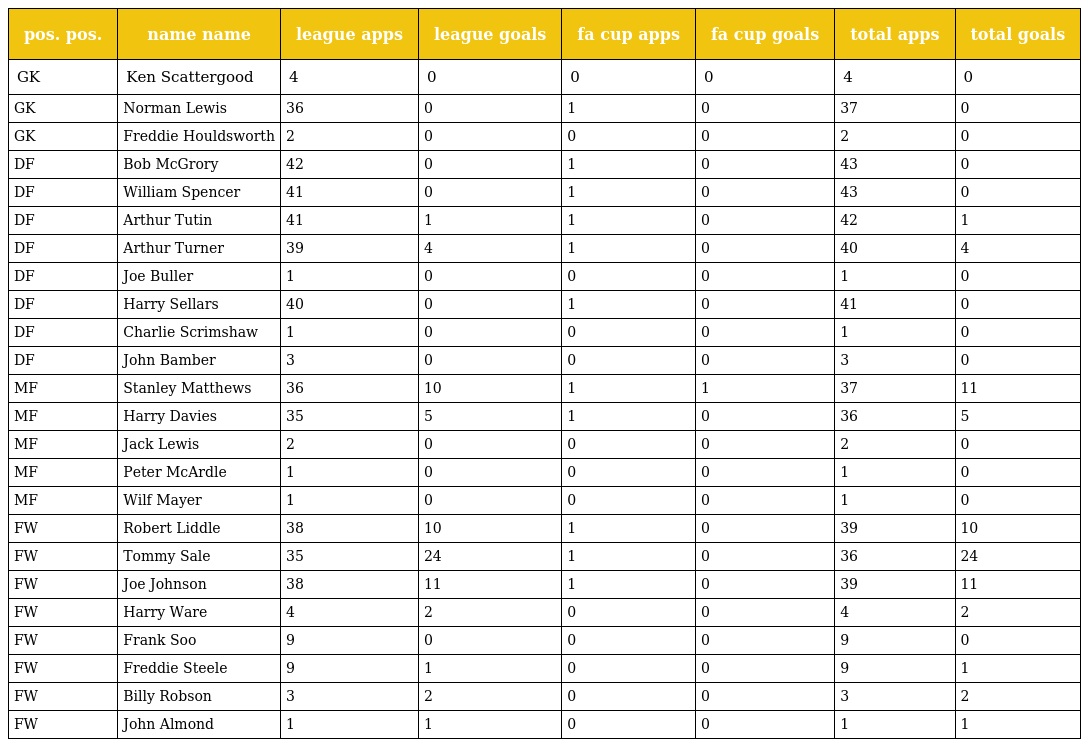
| pos. pos. | name name | league apps | league goals | fa cup apps | fa cup goals | total apps | total goals |
 | --- | --- | --- | --- | --- | --- | --- | --- |
 | GK | Ken Scattergood | 4 | 0 | 0 | 0 | 4 | 0 |
 | GK | Norman Lewis | 36 | 0 | 1 | 0 | 37 | 0 |
 | GK | Freddie Houldsworth | 2 | 0 | 0 | 0 | 2 | 0 |
 | DF | Bob McGrory | 42 | 0 | 1 | 0 | 43 | 0 |
 | DF | William Spencer | 41 | 0 | 1 | 0 | 43 | 0 |
 | DF | Arthur Tutin | 41 | 1 | 1 | 0 | 42 | 1 |
 | DF | Arthur Turner | 39 | 4 | 1 | 0 | 40 | 4 |
 | DF | Joe Buller | 1 | 0 | 0 | 0 | 1 | 0 |
 | DF | Harry Sellars | 40 | 0 | 1 | 0 | 41 | 0 |
 | DF | Charlie Scrimshaw | 1 | 0 | 0 | 0 | 1 | 0 |
 | DF | John Bamber | 3 | 0 | 0 | 0 | 3 | 0 |
 | MF | Stanley Matthews | 36 | 10 | 1 | 1 | 37 | 11 |
 | MF | Harry Davies | 35 | 5 | 1 | 0 | 36 | 5 |
 | MF | Jack Lewis | 2 | 0 | 0 | 0 | 2 | 0 |
 | MF | Peter McArdle | 1 | 0 | 0 | 0 | 1 | 0 |
 | MF | Wilf Mayer | 1 | 0 | 0 | 0 | 1 | 0 |
 | FW | Robert Liddle | 38 | 10 | 1 | 0 | 39 | 10 |
 | FW | Tommy Sale | 35 | 24 | 1 | 0 | 36 | 24 |
 | FW | Joe Johnson | 38 | 11 | 1 | 0 | 39 | 11 |
 | FW | Harry Ware | 4 | 2 | 0 | 0 | 4 | 2 |
 | FW | Frank Soo | 9 | 0 | 0 | 0 | 9 | 0 |
 | FW | Freddie Steele | 9 | 1 | 0 | 0 | 9 | 1 |
 | FW | Billy Robson | 3 | 2 | 0 | 0 | 3 | 2 |
 | FW | John Almond | 1 | 1 | 0 | 0 | 1 | 1 |